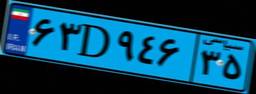
۸۰D۲۵۸۵۲